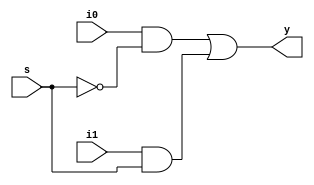
module mux_2to1 (i0, i1, s, y);
    input i0, i1, s;
	 output y;
	 
	assign y = (i0 && ~s) || (i1 && s);
	
	endmodule